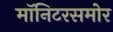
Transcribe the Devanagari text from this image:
मॉनिटरसमोर